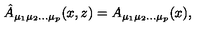
\hat { A } _ { \mu _ { 1 } \mu _ { 2 } \ldots \mu _ { p } } ( x , z ) = A _ { \mu _ { 1 } \mu _ { 2 } \ldots \mu _ { p } } ( x ) ,